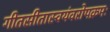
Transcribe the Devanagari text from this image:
गीतसीतास्वयंवरोपक्रमः